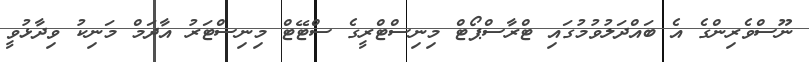
ނޫސްވެރިންގެ އެ ބައްދަލުވުމުގައި ޓްރާސްޕޯޓް މިނިސްޓްރީގެ ސްޓޭޓް މިނިސްޓަރު އާދަމް މަނިކު ވިދާޅުވީ